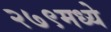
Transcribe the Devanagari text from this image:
२७९मध्ये